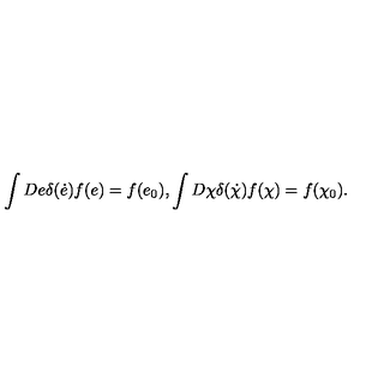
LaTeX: \int D e \delta ( { \dot { e } } ) f ( e ) = f ( e _ { 0 } ) , \int D \chi \delta ( \dot { \chi } ) f ( \chi ) = f ( \chi _ { 0 } ) .